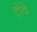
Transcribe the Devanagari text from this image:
टोवे